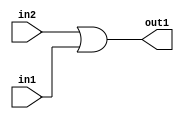
`timescale 1ps / 1ps
/*****************************************************************************
    Verilog RTL Description
    
    
    Created by: Stratus DpOpt 2019.1.01 
*******************************************************************************/

module SobelFilter_Or_1Ux1U_1U_1 (
	in2,
	in1,
	out1
	); /* architecture "behavioural" */ 
input  in2,
	in1;
output  out1;
wire  asc001;

assign asc001 = 
	(in2)
	|(in1);

assign out1 = asc001;
endmodule

/* CADENCE  urf0Tw8= : u9/ySgnWtBlWxVPRXgAZ4Og= ** DO NOT EDIT THIS LINE ******/